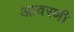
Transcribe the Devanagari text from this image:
आवरणी